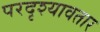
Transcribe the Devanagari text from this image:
परदृश्यावतार